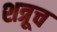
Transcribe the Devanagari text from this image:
शत्रूच